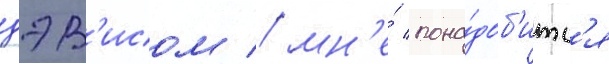
дэв'исом / мн'е́ пона́доб'итс'я